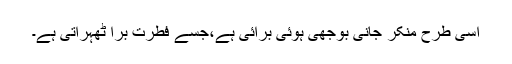
اسی طرح منکر جانی بوجھی ہوئی برائی ہے،جسے فطرت بُرا ٹھہراتی ہے۔